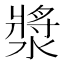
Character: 漿